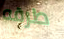
طرقه